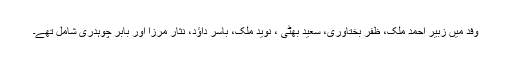
وفد میں زبیر احمد ملک، ظفر بختاوری، سعید بھٹی ، نوید ملک، باسر داؤد، نثار مرزا اور بابر چوہدری شامل تھے۔